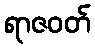
ရာဇဝတ်